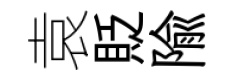
袁貶隃